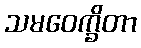
သမဝေက္ခိတာ